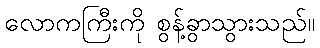
လောကကြီးကို စွန့်ခွာသွားသည်။